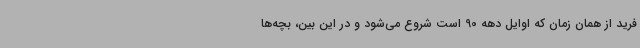
فرید از همان زمان که اوایل دهه 90 است شروع می‌شود و در این بین، بچه‌ها